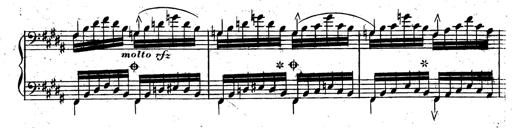
Title: Rondeau fantastique sur un thÃ¨me espagnol
Composer: Franz Liszt